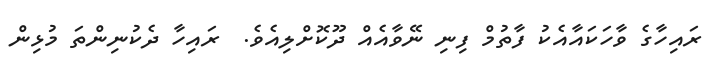
ރައިހާގެ ވާހަކައާއެކު ފާތުމް ފިނި ނޭވާއެއް ދޫކޮށްލިއެވެ.  ރައިހާ ދެކުނިންތަ މުޅިން